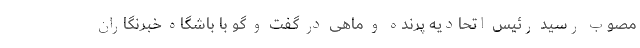
مصوب رسید رئیس اتحادیه پرنده و ماهی در گفت و گو با باشگاه خبرنگاران